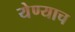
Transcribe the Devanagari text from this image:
येण्याच